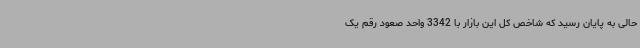
حالی به پایان رسید که شاخص کل این بازار با 3342 واحد صعود رقم یک